Tartu_pedagoogiumi_aruanded, lk 19
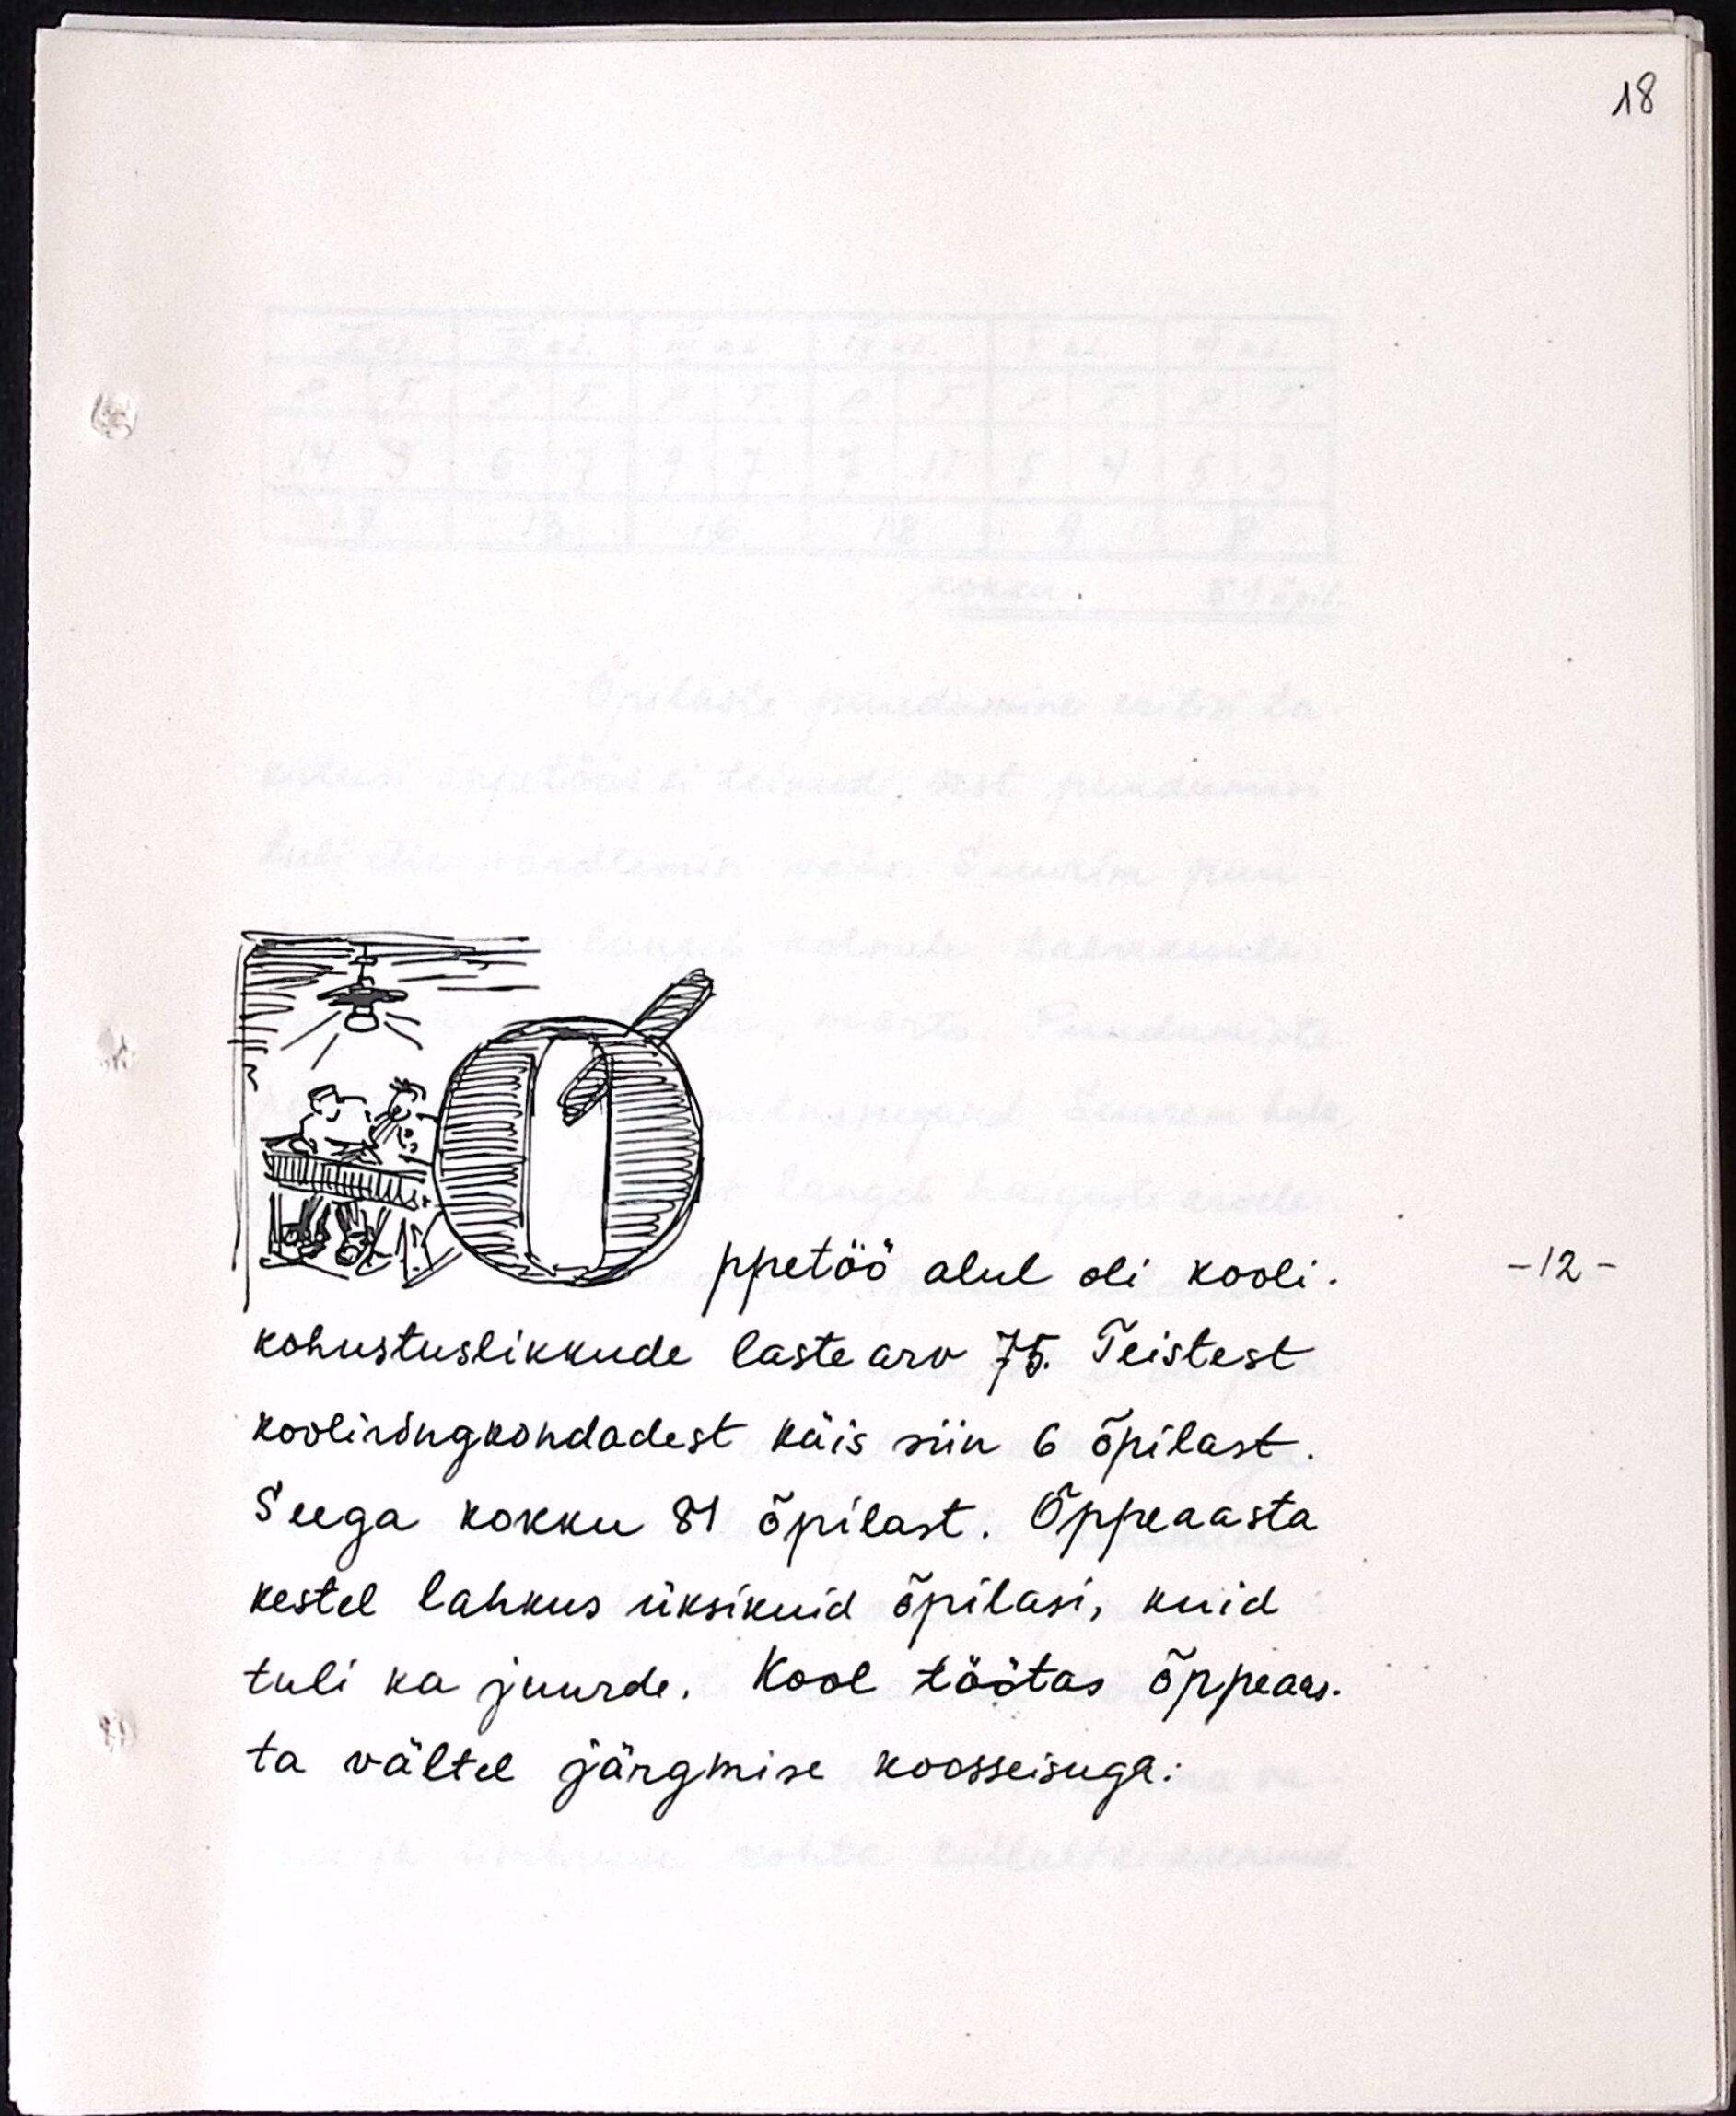
ppetöö alul oli kooli-
kohustuslikkude laste arv 75. Teistest
kooliringkondadest käis siin 6 õpilast.
Seega kokku 81 õpilast. Õppeaasta
kestel lahkus üksikuid õpilasi, kuid
tuli ka juurde. Kool töötas õppeaas-
ta vältel järgmise koosseisuga: